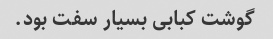
گوشت کبابی بسیار سفت بود.